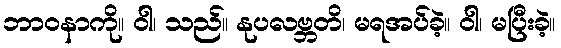
ဘာဝနာကို။ ဝါ၊ သည်။ နုပလဗ္ဘတိ၊ မရအပ်ခဲ့။ ဝါ၊ မပြီးခဲ့။